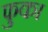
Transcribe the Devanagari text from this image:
फुका